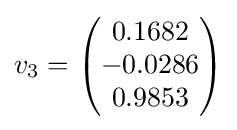
v_{3}={\begin{pmatrix}0.1682\\-0.0286\\0.9853\\\end{pmatrix}}